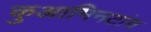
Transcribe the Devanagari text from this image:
कुआमिनटांग